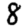
Digit: 8